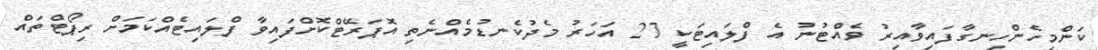
ކަންމިހެންހިނގާފައިވާއިރު ވެއްޓުނު އެ ފްލައިޓަކީ 27 އަހަރު މެދުކެނޑުމެއްނެތި އޮޕަރޭޓްކޮށްފައިވާ ފްލައިޓެއްކަމަށް ރިޕޯޓްތައް